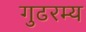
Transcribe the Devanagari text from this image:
गुढरम्य